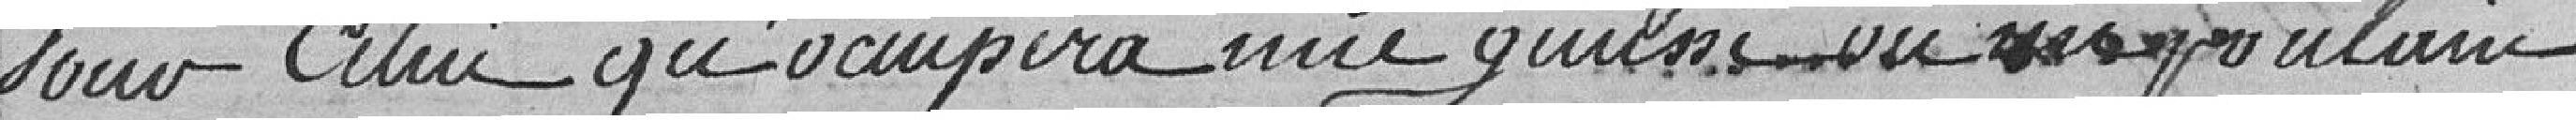
Pour celui qu'occupera une génisse ou un poulain